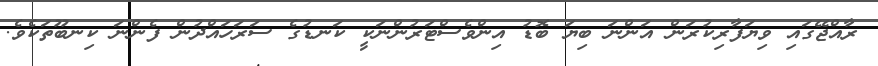
ރާއްޖޭގައި ވިޔަފާރިކުރަން އަންނަ ބިޔަ ބޮޑު އިންވެސްޓަރުންނަކީ ކަނޑުގެ ސަރަހައްދުން ފެންނަ ކިނބޫތަކެވެ.